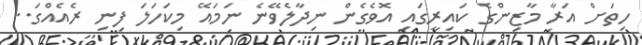
ހިތަށް އަރާ މާޒިންގެ ކައިރީގައި އޮވެގެން ނިދާލެވޭނެ ނަމައޭ މިކަހަލަ ފިނި ރެއެއްގަ..